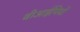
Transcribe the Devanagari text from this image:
वीआईपियों